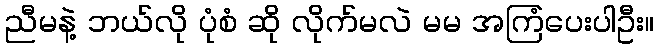
ညီမနဲ့ ဘယ်လို ပုံစံ ဆို လိုက်မလဲ မမ အကြံပေးပါဦး။